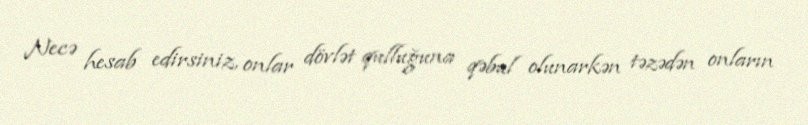
Necə hesab edirsiniz, onlar dövlət qulluğuna qəbul olunarkən təzədən onların